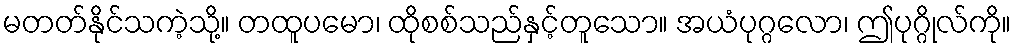
မတတ်နိုင်သကဲ့သို့။ တထူပမော၊ ထိုစစ်သည်နှင့်တူသော။ အယံပုဂ္ဂလော၊ ဤပုဂ္ဂိုလ်ကို။